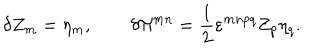
LaTeX: \delta Z _ { m } = \eta _ { m } , \qquad \delta \Pi ^ { m n } = \frac 1 2 \varepsilon ^ { m n p q } Z _ { p } \eta _ { q } .